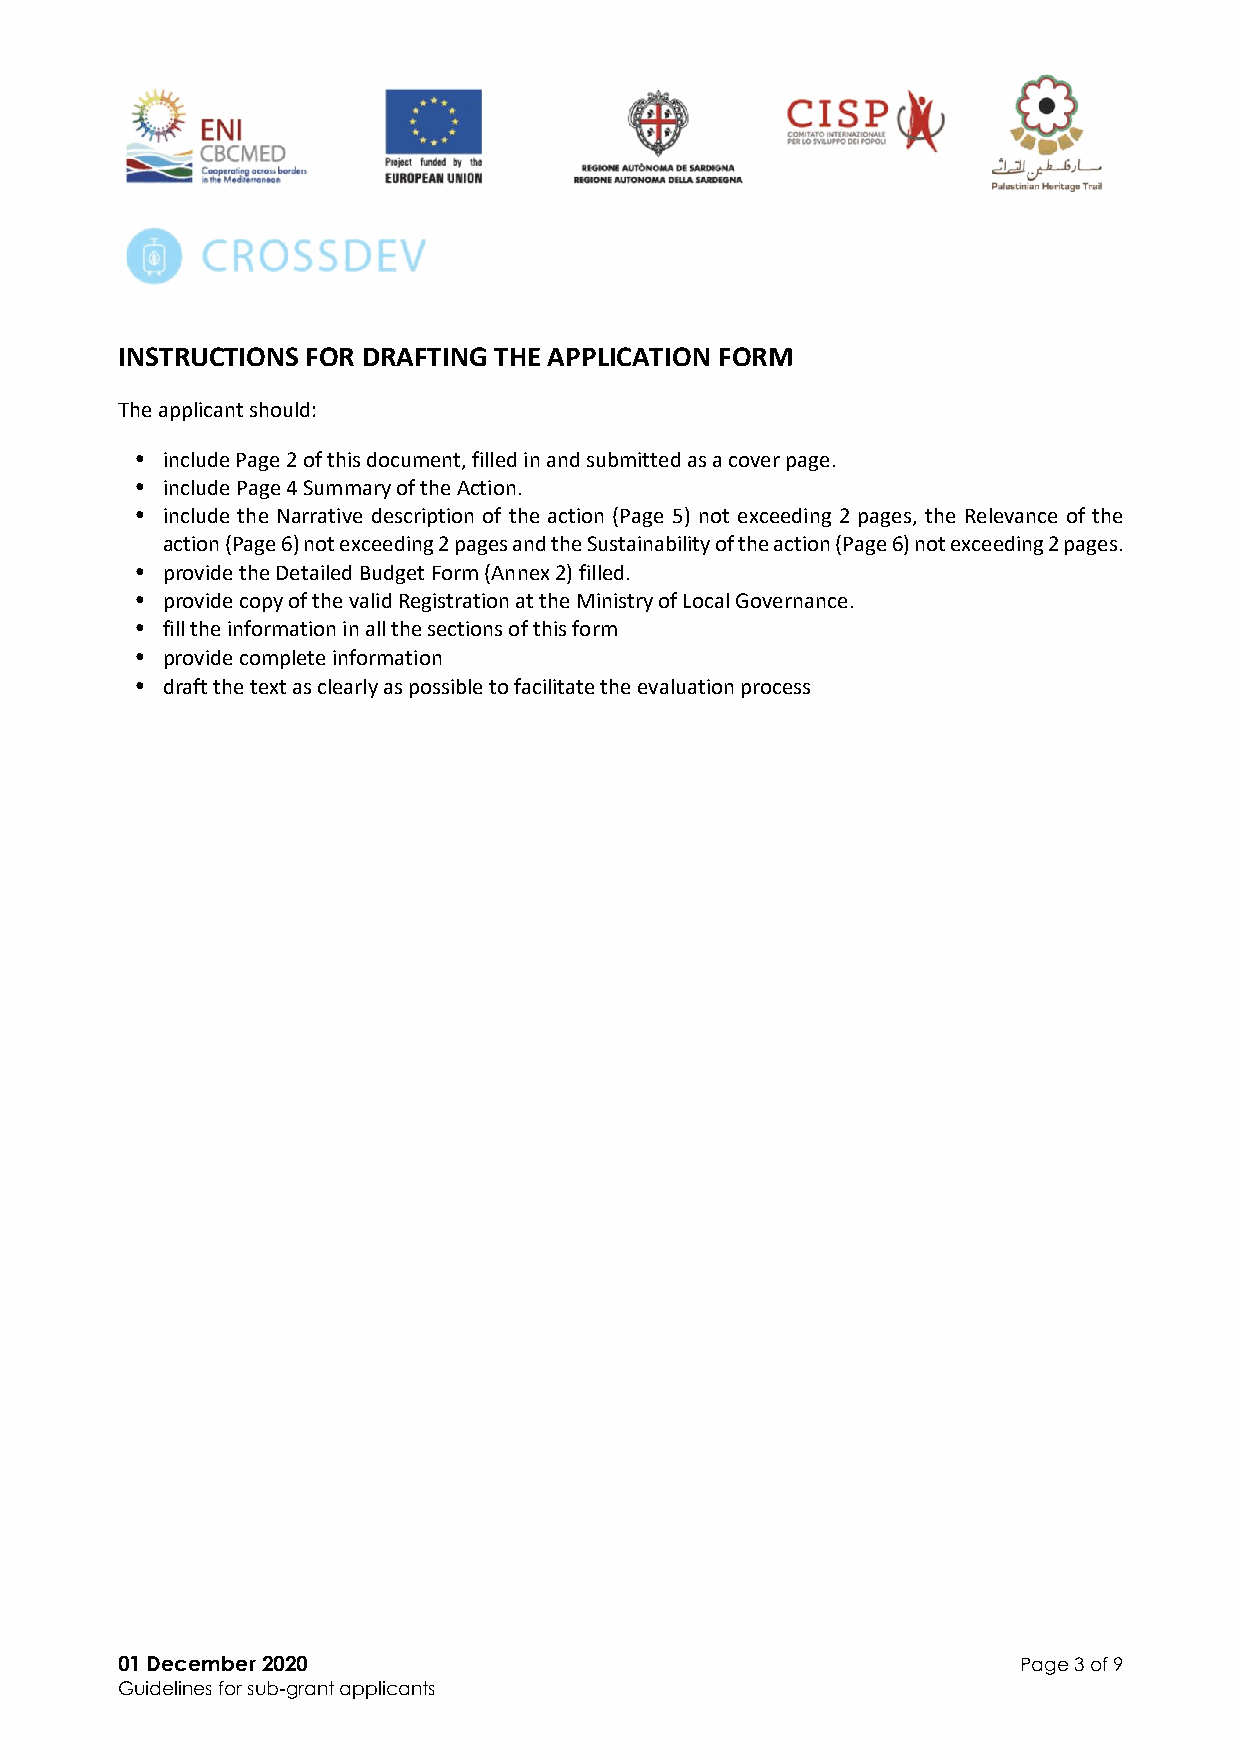
INSTRUCTIONS FOR DRAFTING THE APPLICATION FORM
 The applicant should:
 • include Page 2 of this document, filled in and submitted as a cover page.
 • include Page 4 Summary of the Action.
 • include the Narrative description of the action (Page 5) not exceeding 2 pages, the Relevance of the
 action (Page 6) not exceeding 2 pages and the Sustainability of the action (Page 6) not exceeding 2 pages.
 • provide the Detailed Budget Form (Annex 2) filled.
 • provide copy of the valid Registration at the Ministry of Local Governance.
 • fill the information in all the sections of this form
 • provide complete information
 • draft the text as clearly as possible to facilitate the evaluation process
 01 December 2020                                            Page 3 of 9
 Guidelines for sub-grant applicants